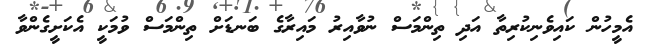
އެމީހުން ކައިވެނިކުރިތާ އަދި ތިންމަސް ނުވާއިރު މައިރާގެ ބަނޑަށް ތިންމަސް ވުމަކީ އެކަށީގެންވާ